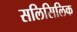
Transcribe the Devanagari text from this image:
सलिसिलिक